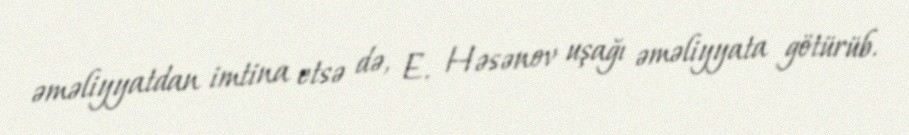
əməliyyatdan imtina etsə də, E. Həsənov uşağı əməliyyata götürüb.